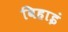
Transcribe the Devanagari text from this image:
विहाइं